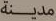
مدينة